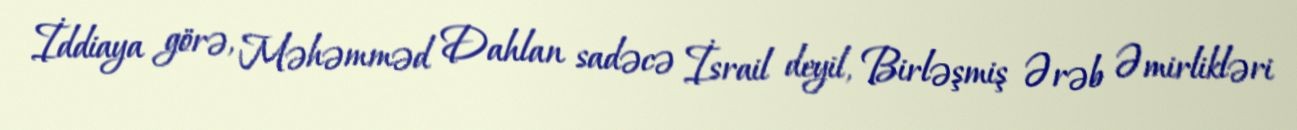
İddiaya görə, Məhəmməd Dahlan sadəcə İsrail deyil, Birləşmiş Ərəb Əmirlikləri